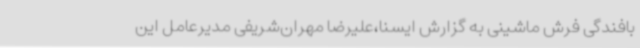
بافندگی فرش‌ ماشینی به گزارش ایسنا،علیرضا مهران‌شریفی مدیرعامل این